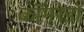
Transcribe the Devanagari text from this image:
कॉमरेडो